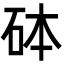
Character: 砵